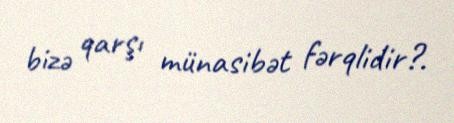
bizə qarşı münasibət fərqlidir?.